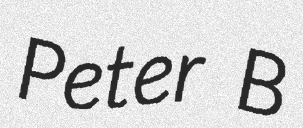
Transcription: Peter B